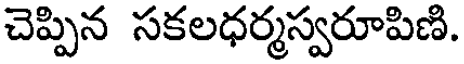
చెప్పిన సకలధర్మస్వరూపిణి.